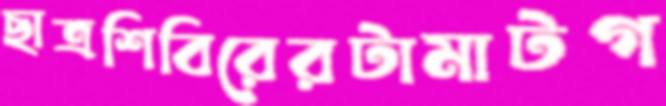
ছাত্রশিবিরেরটামাটগ